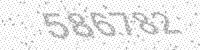
Solution: 586782